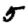
Digit: 5